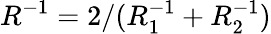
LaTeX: R^{-1}=2/(R_{1}^{-1}+R_{2}^{-1})